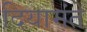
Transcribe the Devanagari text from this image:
दियामंते